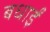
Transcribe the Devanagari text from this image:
बधाईं